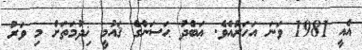
އެއީ 1981 ވަނަ އަހަރުއެވެ. ޢަބްދު ޙަސަންގެ ޤައުމީ ޚިދުމަތަށް މި ވަރު